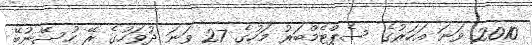
2010 ވަނަ އަހަރުގެ ސެޕްޓެމްބަރު މަހުގެ 27 ވަނަ ދުވަހުގެ ރޭ ހުސޭނުބޭ